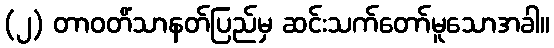
(၂) တာဝတိံသာနတ်ပြည်မှ ဆင်းသက်တော်မူသောအခါ။